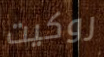
روكيت